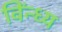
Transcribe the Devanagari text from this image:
विंन्ध्य